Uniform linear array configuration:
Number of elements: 16
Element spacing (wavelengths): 0.5
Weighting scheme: hann
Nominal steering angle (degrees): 45
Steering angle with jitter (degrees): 45.155
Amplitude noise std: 0.05
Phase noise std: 0.05

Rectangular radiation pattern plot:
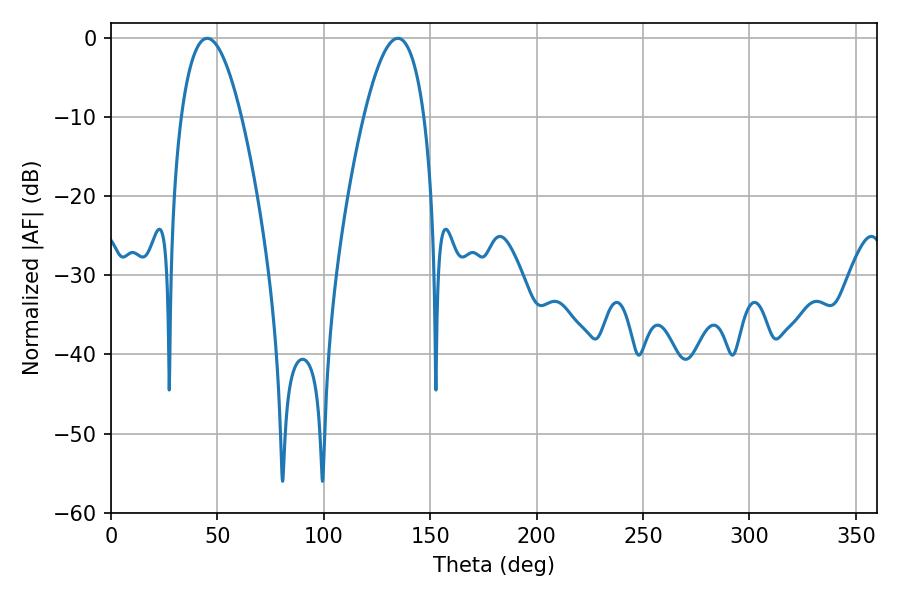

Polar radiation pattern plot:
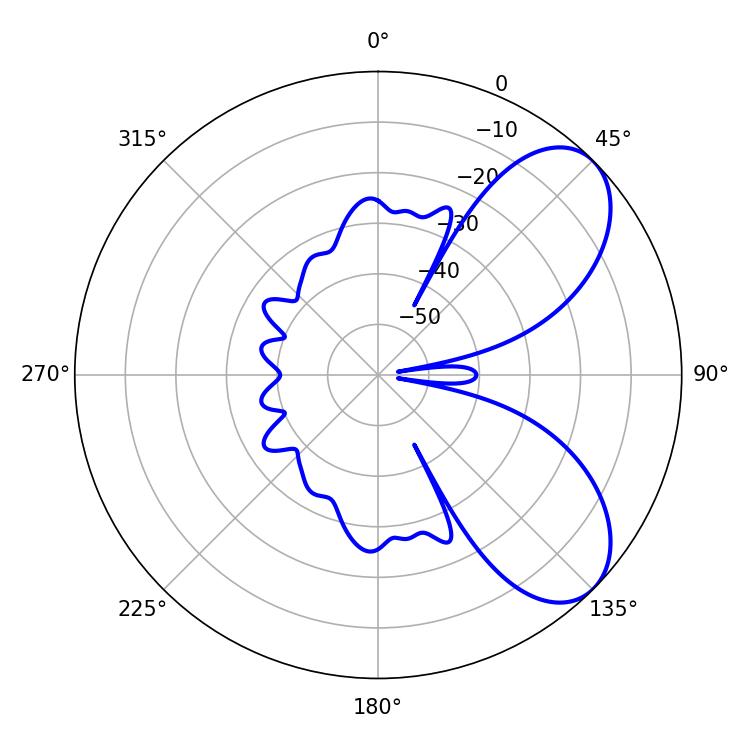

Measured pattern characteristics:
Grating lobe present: FALSE
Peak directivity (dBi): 6.792
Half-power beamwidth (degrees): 15.66
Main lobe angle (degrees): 45.18